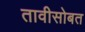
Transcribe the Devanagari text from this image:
तावीसोबत